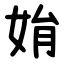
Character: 姢